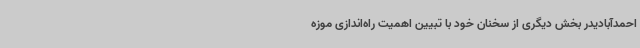
احمدآبادیدر بخش دیگری از سخنان خود با تبیین اهمیت راه‌اندازی موزه